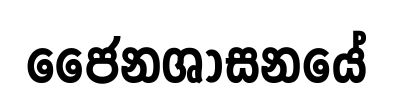
ජෛනශාසනයේ